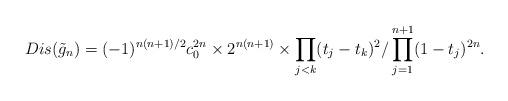
LaTeX: \begin{align*} Dis( \tilde{g}_{n}) = (-1)^{n(n+1)/2}c_0^ {2n} \times 2^{n(n+1)}\times\prod_{j < k }({t_j}-{t_k})^2/\prod_{j =1 }^{n+1}(1-{t_j})^{2n}.\end{align*}